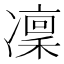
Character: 凜